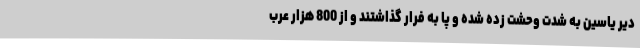
دیر یاسین به شدت وحشت زده شده و پا به فرار گذاشتند و از 800 هزار عرب